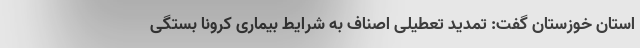
استان خوزستان گفت: تمدید تعطیلی اصناف به شرایط بیماری کرونا بستگی